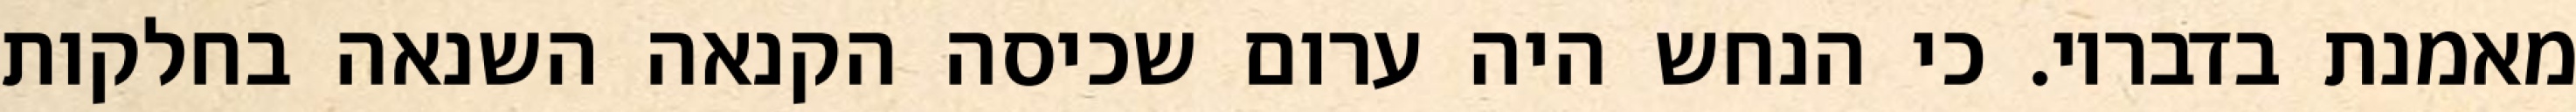
מאמנת בדבריו. כי הנחש היה ערום שכיסה הקנאה השנאה בחלקות